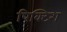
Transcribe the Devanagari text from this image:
पिक्टिश